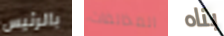
بالرئيس المخالفات بناه